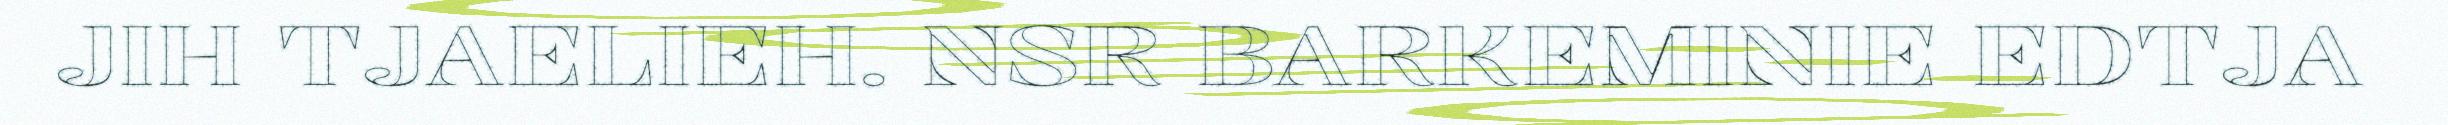
JIH TJAELIEH. NSR BARKEMINIE EDTJA